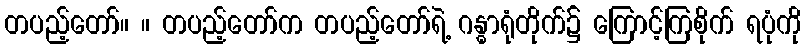
တပည့်တော်။ ။ တပည့်တော်က တပည့်တော်ရဲ့ ဂန္ဓာရုံတိုက်၌ ကြောင့်ကြစိုက် ရပုံကို